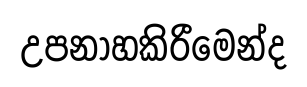
උපනාහකිරීමෙන්ද